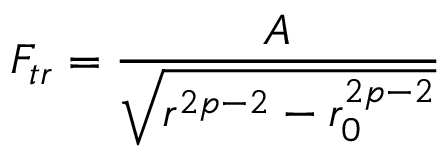
F _ { t r } = \frac { A } { \sqrt { r ^ { 2 p - 2 } - r _ { 0 } ^ { 2 p - 2 } } }